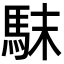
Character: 𩢖